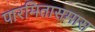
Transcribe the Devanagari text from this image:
पारमितासमास